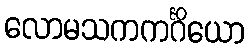
လောမသကကင်္ဂိယော